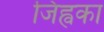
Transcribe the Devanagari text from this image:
जिह्वका